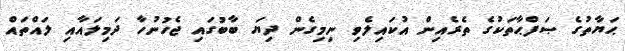
ޙަޔާތުގެ ޞަފްޙާތަކުގެ ތެރެއިން އުކައިލެވި ނިމިގެން ދިޔަ ބާބުގައި ޖެހުނުހާ ދަމިލައާއި ލައްތައް